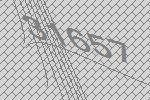
31657